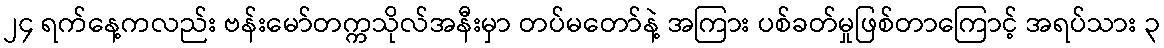
၂၄ ရက်နေ့ကလည်း ဗန်းမော်တက္ကသိုလ်အနီးမှာ တပ်မတော်နဲ့ အကြား ပစ်ခတ်မှုဖြစ်တာကြောင့် အရပ်သား ၃